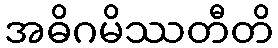
အဓိဂမိဿတီတိ